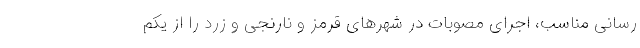
رسانی مناسب، اجرای مصوبات در شهرهای قرمز و نارنجی و زرد را از یکم